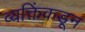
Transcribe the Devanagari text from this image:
व्यक्तिंकडून